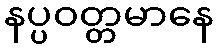
နပ္ပဝတ္တမာနေ